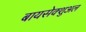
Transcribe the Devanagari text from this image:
बायसेक्शुअल